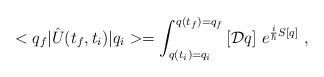
LaTeX: \begin{align*}<q_f|\hat{U}(t_f,t_i)|q_i>=\int_{q(t_i)=q_i}^{q(t_f)=q_f}\left[{\cal D}q\right]\,e^{\frac{i}{\hbar}S[q]}\ ,\end{align*}